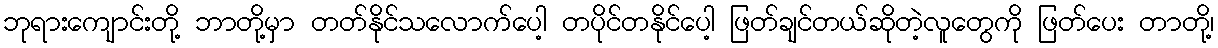
ဘုရားကျောင်းတို့ ဘာတို့မှာ တတ်နိုင်သလောက်ပေါ့ တပိုင်တနိုင်ပေါ့ ဖြတ်ချင်တယ်ဆိုတဲ့လူတွေကို ဖြတ်ပေး တာတို့၊